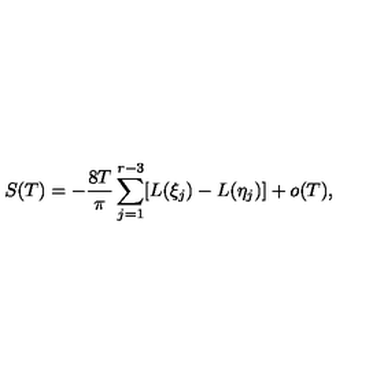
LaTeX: S ( T ) = - \frac { 8 T } { \pi } \sum _ { j = 1 } ^ { r - 3 } [ L ( \xi _ { j } ) - L ( \eta _ { j } ) ] + o ( T ) ,